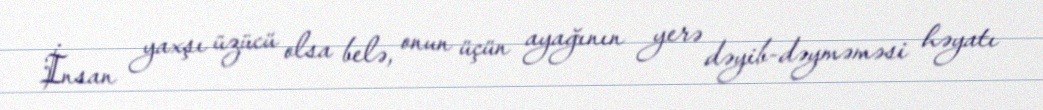
İnsan yaxşı üzücü olsa belə, onun üçün ayağının yerə dəyib-dəyməməsi həyatı